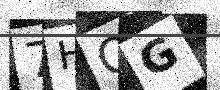
Text: 7HQG